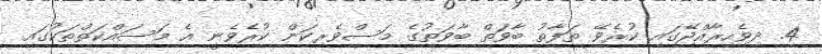
4. ދިވެހިރާއްޖޭގައި ކުރެވޭ ތަފާތު ބާވަތް ބާވަތުގެ މަސްވެރިކަން ކުރެވެނީ އެ މަސައްކަތްތަކުގައި